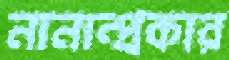
নানান্‌প্রকার